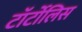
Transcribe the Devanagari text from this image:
टॉर्टोलिस